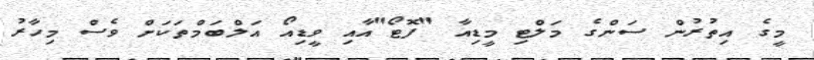
މީގެ އިތުރުން ސަންގެ މަލްޓި މީޑިއާ "ފޮޓޯ"އާއި ވީޑިއޯ އަލްބަމްތަކަށް ވެސް މިހާރު